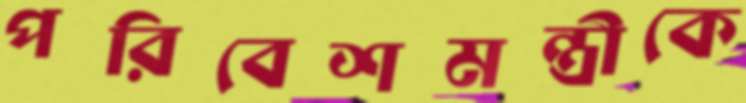
পরিবেশমন্ত্রীকে